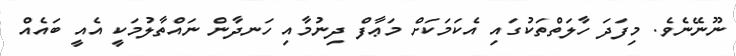
ނޫނޭނެވެ. މިފަދަ ހާލަތްތަކުގައި އެކަމަކަށް މަޢާފް ދިނުމާއި ހަނދާން ނައްތާލުމަކީ އެއީ ބައެއް